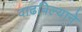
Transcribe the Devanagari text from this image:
वाढविल्याने